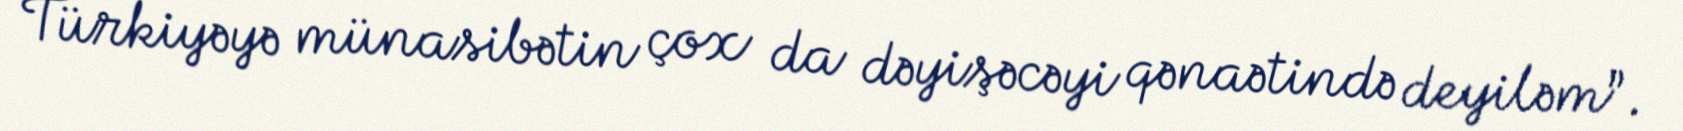
Türkiyəyə münasibətin çox da dəyişəcəyi qənaətində deyiləm”.